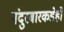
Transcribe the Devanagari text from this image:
नंदुरबारकडेही